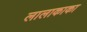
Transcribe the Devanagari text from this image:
लालाकाका